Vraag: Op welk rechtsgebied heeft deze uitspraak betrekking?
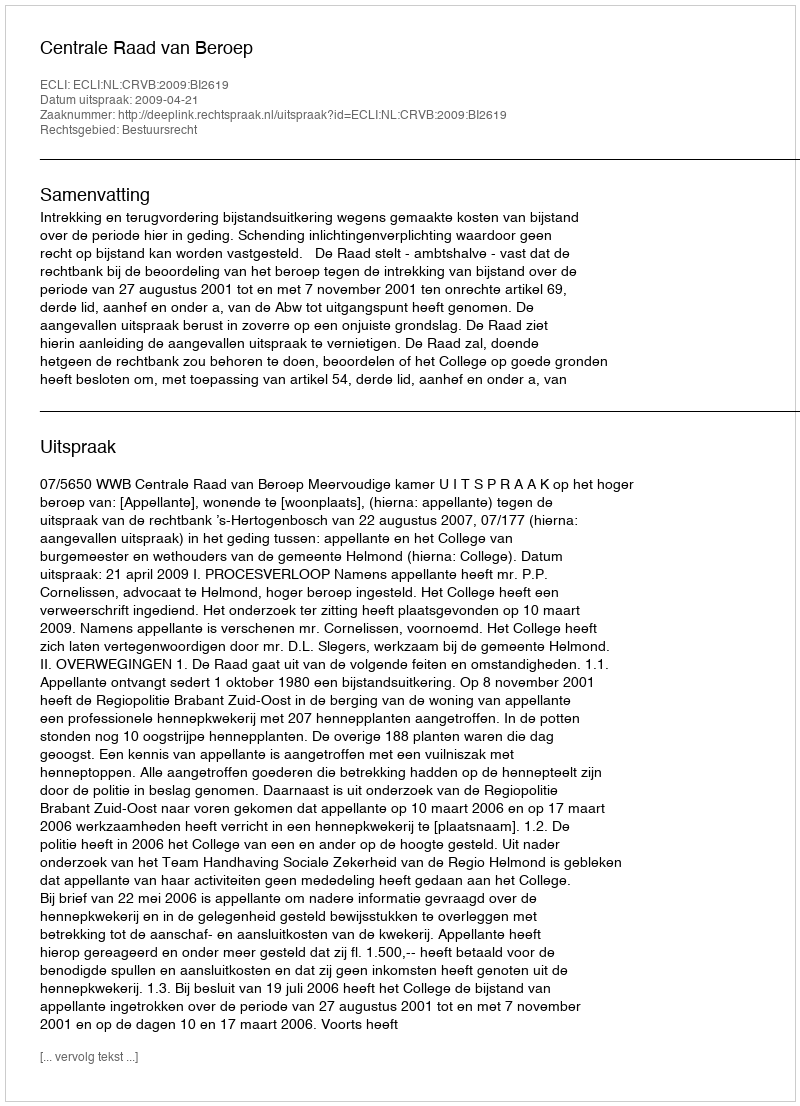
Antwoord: Bestuursrecht